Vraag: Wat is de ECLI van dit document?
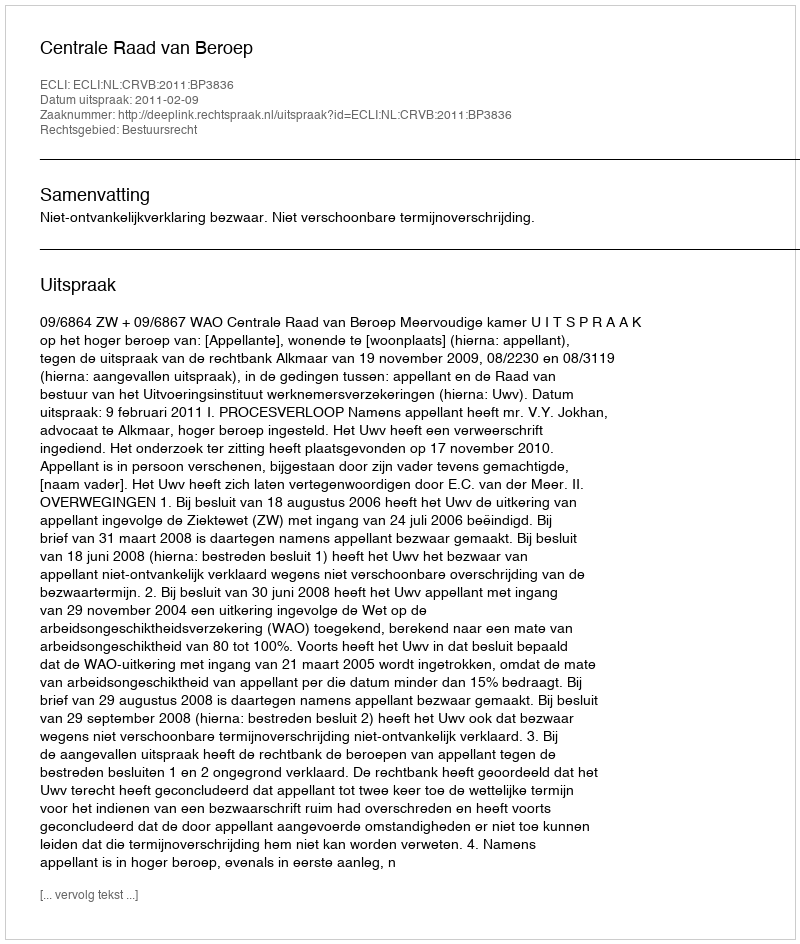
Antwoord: ECLI:NL:CRVB:2011:BP3836